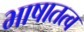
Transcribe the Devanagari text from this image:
भाषातत्व